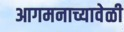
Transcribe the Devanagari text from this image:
आगमनाच्यावेळी